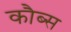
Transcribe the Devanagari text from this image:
कौब्स